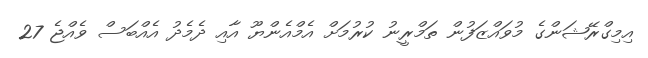
އިމިގްރޭޝަންގެ މުވައްޒަފުން ތަމްރީނު ކުރުމަށް އެމްއެންޔޫ އާއި ދެމެދު އެއްބަސް ވެއްޖެ 27